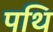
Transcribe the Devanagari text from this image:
पथि